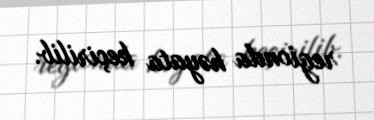
regionda həyata keçirilib.